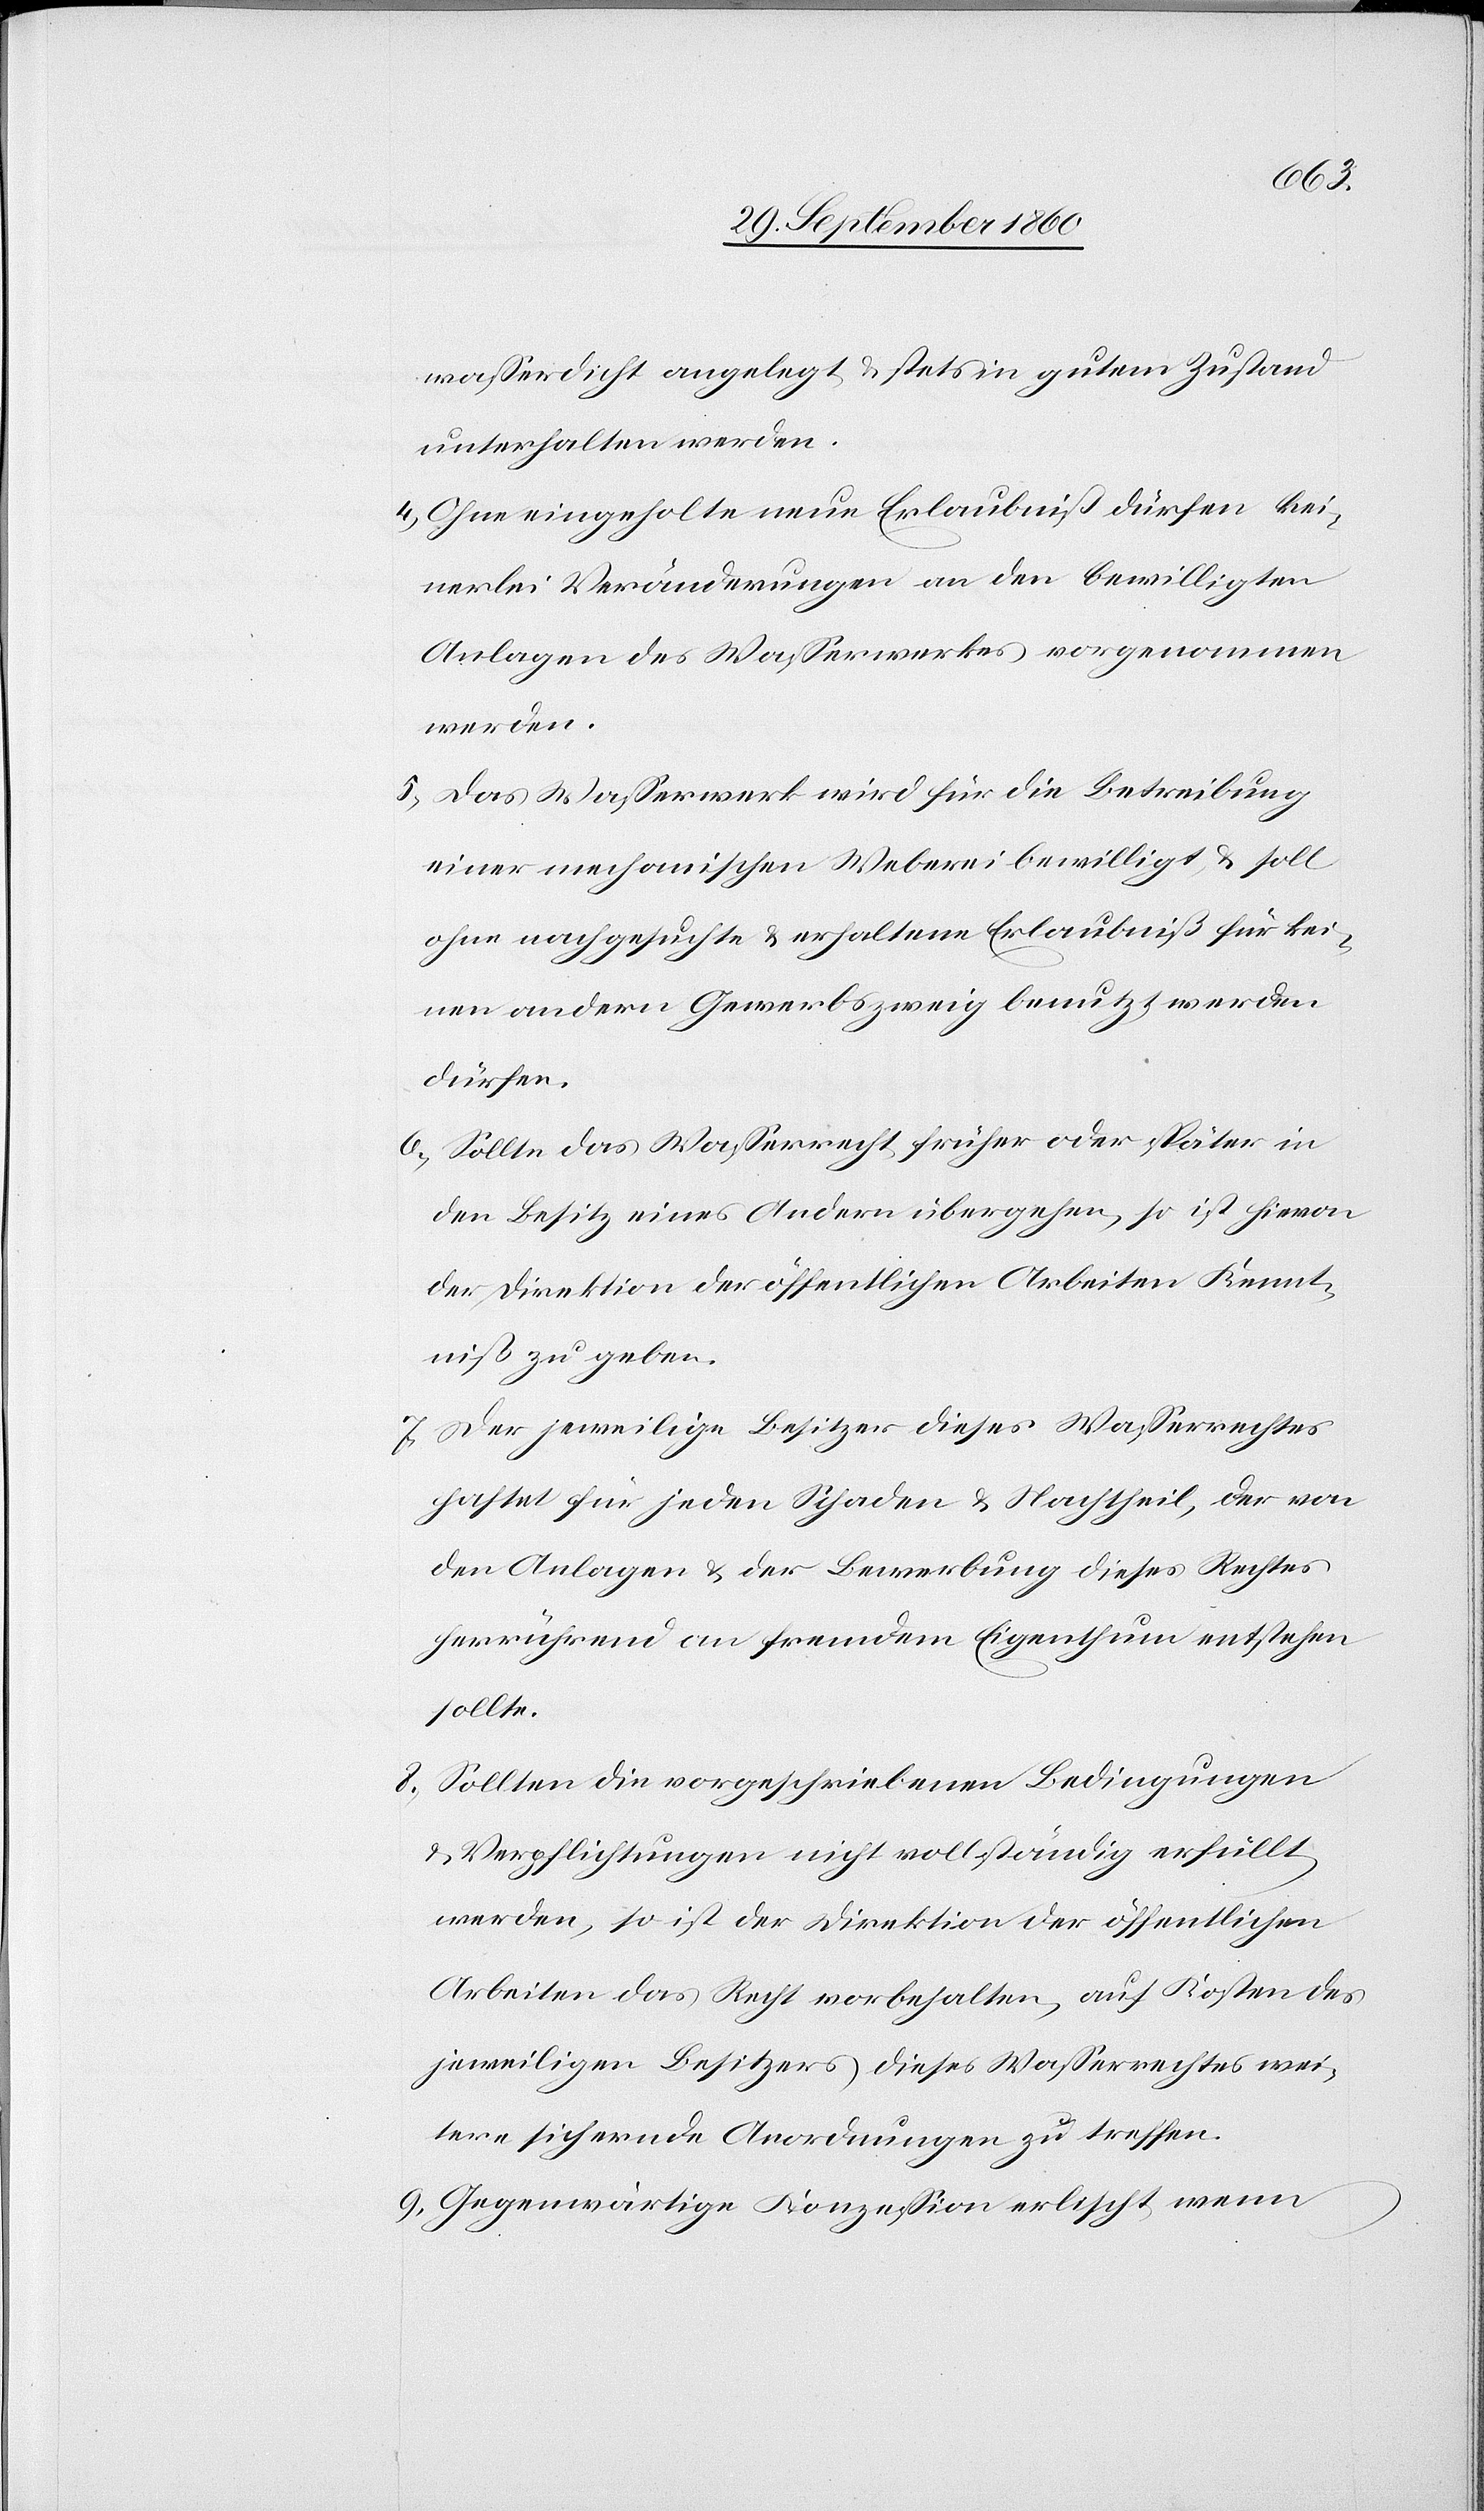
wasserdicht angelegt u. stets in gutem Zustand
unterhalten werden.
4) Ohne eingeholte neue Erlaubniß dürfen kei¬
nerlei Veränderungen an den bewilligten
Anlagen des Wasserwerkes vorgenommen
werden.
5) Das Wasserwerk wird für die Betreibung
einer mechanischen Weberei bewilligt u. soll
ohne nachgesuchte u. erhaltene Erlaubniß für kei¬
nen andern Gewerbszweig benutzt werden
dürfen.
6) Sollte das Wasserrecht früher oder später in
den Besitz eines Andern übergehen, so ist hievon
der Direktion der öffentlichen Arbeiten Kennt¬
niß zu geben.
7) Der jeweilige Besitzer dieses Wasserrechtes
haftet für jeden Schaden u. Nachtheil, der von
den Anlagen u. der Bewerbung dieses Rechtes
herrührend an fremdem Eigenthum entstehen
sollte.
8) Sollten die vorgeschriebenen Bedingungen
u. Verpflichtungen nicht vollständig erfüllt
werden, so ist der Direktion der öffentlichen
Arbeiten das Recht vorbehalten, auf Kosten des
jeweiligen Besitzers dieses Wasserrechtes wei¬
tere sichernde Anordnungen zu treffen.
9) Gegenwärtige Konzession erlischt, wenn